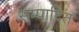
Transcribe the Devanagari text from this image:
सम्‍पादित